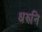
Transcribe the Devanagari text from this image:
धरुनि